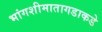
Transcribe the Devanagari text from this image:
भांगशीमातागडाकडे